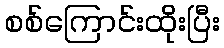
စစ်ကြောင်းထိုးပြီး